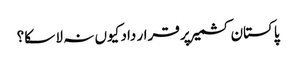
پاکستان کشمیر پر قرار داد کیوں نہ لا سکا؟